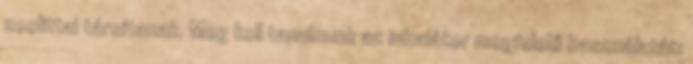
zeolittal társítanak. Meg kell tanulnunk az inhalátor megfelelő használatát: